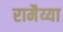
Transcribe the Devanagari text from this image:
रामैय्या